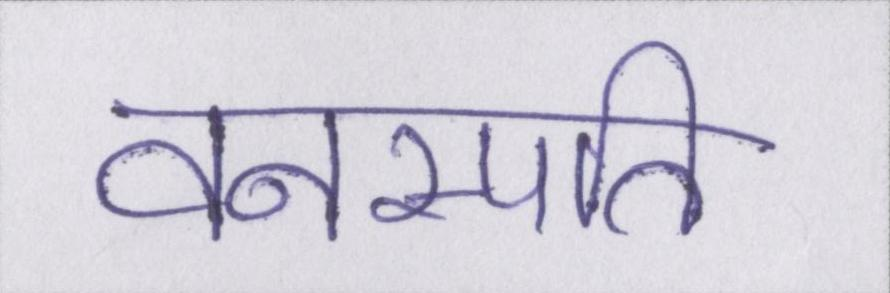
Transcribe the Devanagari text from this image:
वनस्पति